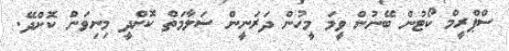
ސްޕްރީމް ކޯޓުން ބޭނުން ވީމަ މީހުން ދަރަނީން ސަލާމަތް ކޮށްދީ މިނިވަން ކޮށްދޭ.